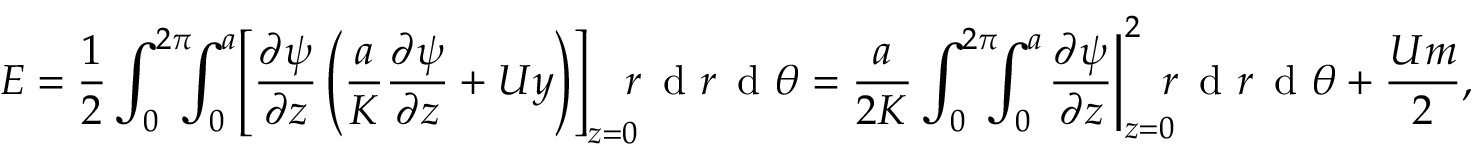
E = \frac { 1 } { 2 } \int _ { 0 } ^ { 2 \pi } \! \! \! \int _ { 0 } ^ { a } \! \left[ \frac { \partial \psi } { \partial z } \left( \frac { a } { K } \frac { \partial \psi } { \partial z } + U y \right) \right] _ { z = 0 } \! \! \! r \, \textrm { d } r \, \textrm { d } \theta = \frac { a } { 2 K } \int _ { 0 } ^ { 2 \pi } \! \! \! \int _ { 0 } ^ { a } \! \left. \frac { \partial \psi } { \partial z } \right| _ { z = 0 } ^ { 2 } \! \! \! r \, \textrm { d } r \, \textrm { d } \theta + \frac { U m } { 2 } ,